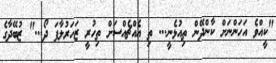
"ކީއްވެ އަހަންނަށް ކާންދޭން ތިއުޅެނީ... ތި އެއްޗެއްސަށް ތިހުރީ ޒަހަރުލާފަ ދޯ..." ޒުބޭދާގެ